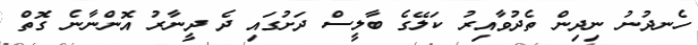
ހެނދުނު ނިދިން ތެދުވާއިރު ކަލޭގެ ބާލީސް ދަށުގައި ދެ ދީނާރު އޮންނާނެ ގޮތް